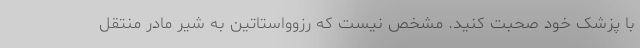
با پزشک خود صحبت کنید. مشخص نیست که رزوواستاتین به شیر مادر منتقل